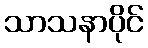
သာသနာပိုင်